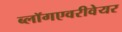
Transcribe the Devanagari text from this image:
ब्लॉगएवरीवेयर